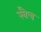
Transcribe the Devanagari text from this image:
स्वैच